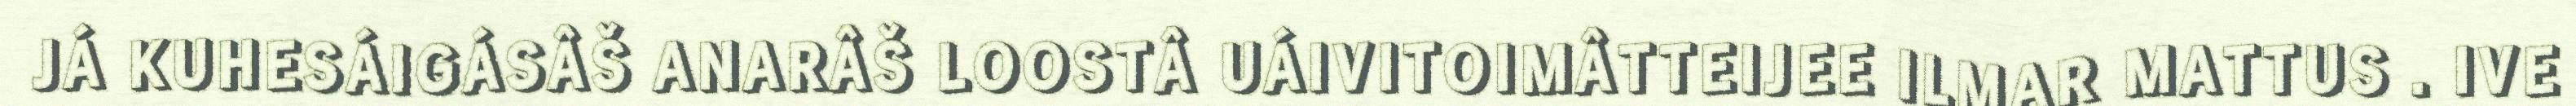
JÁ KUHESÁIGÁSÂŠ ANARÂŠ LOOSTÂ UÁIVITOIMÂTTEIJEE ILMAR MATTUS . IVE